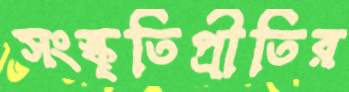
সংস্কৃতিপ্রীতির